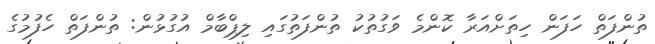
ތުންފަތް ހަފަން ހިތަށްއަރާ ކޮންމެ ވަގުތުކު ތުންފަތުގައި ލިޕްބާމް އުގުޅުން: ތުންފަތް ހެފުމުގެ